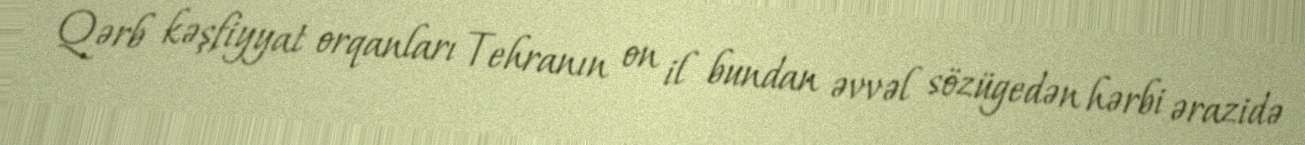
Qərb kəşfiyyat orqanları Tehranın on il bundan əvvəl sözügedən hərbi ərazidə